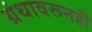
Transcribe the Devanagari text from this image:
ग्रंथावरूनही